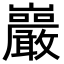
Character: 巖